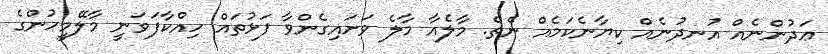
ޢަދުންނެއް އުނދުނެއް ކިޔާނެކަމެއް ނެތް. މާލެއާ މާލެ ވަށައިގެންވާ ފަޅުތައް ހިއްކާފަވަނީ މާލޭމީހުންގެ